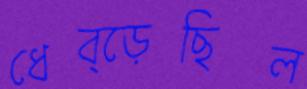
ধেব্‌ড়েছিল